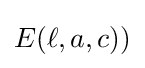
E(\ell ,a,c))